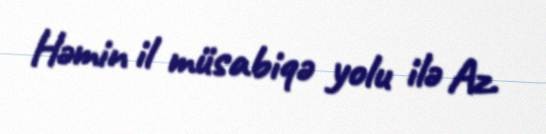
Həmin il müsabiqə yolu ilə Az.